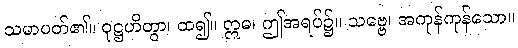
သမာပတ်၏။ ဝုဋ္ဌဟိတွာ၊ ထ၍။ ဣဓ၊ ဤအရပ်၌။ သဗ္ဗေ၊ အကုန်ကုန်သော။